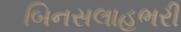
બિનસલાહભરી